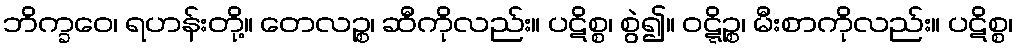
ဘိက္ခဝေ၊ ရဟန်းတို့။ တေလဉ္စ၊ ဆီကိုလည်း။ ပဋိစ္စ၊ စွဲ၍။ ဝဋ္ဋိဉ္စ၊ မီးစာကိုလည်း။ ပဋိစ္စ၊